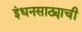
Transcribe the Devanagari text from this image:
इंधनसाठ्याची